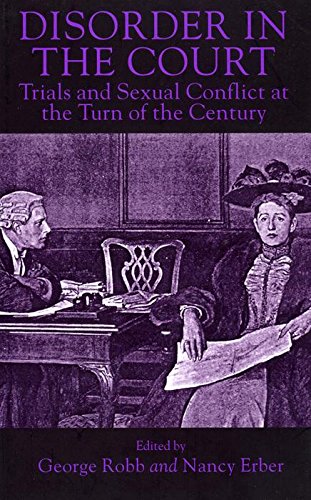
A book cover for Disorder in the Court: Trials and Sexual Conflict at the Turn of the Century; Law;